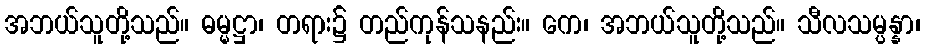
အဘယ်သူတို့သည်။ ဓမ္မဋ္ဌာ၊ တရား၌ တည်ကုန်သနည်း။ ကေ၊ အဘယ်သူတို့သည်။ သီလသမ္ပန္နာ၊